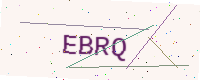
Text: EBRQ